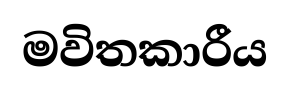
මවිතකාරීය